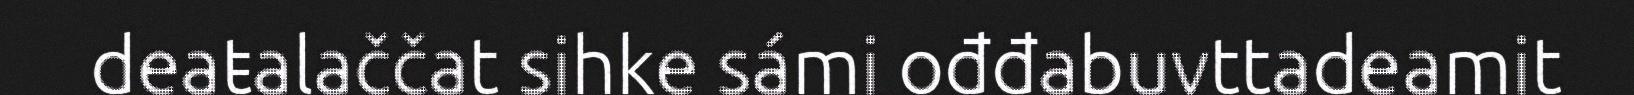
deaŧalaččat sihke sámi ođđabuvttadeamit